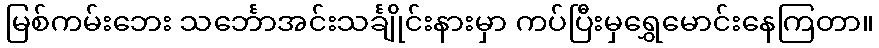
မြစ်ကမ်းဘေး သင်္ဘောအင်းသင်္ချိုင်းနားမှာ ကပ်ပြီးမှရွှေမောင်းနေကြတာ။